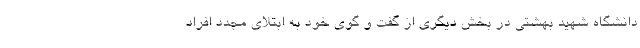
دانشگاه شهید بهشتی در بخش دیگری از گفت و گوی خود به ابتلای مجدد افراد